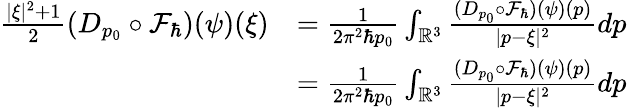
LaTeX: \begin{array}{rl}{\frac{|\xi|^{2}+1}{2}(D_{p_{0}}\circ\mathcal{F}_{\hbar})(\psi)(\xi)}&{=\frac{1}{2\pi^{2}\hbar p_{0}}\int_{\mathbb{R}^{3}}\frac{(D_{p_{0}}\circ\mathcal{F}_{\hbar})(\psi)(p)}{|p-\xi|^{2}}dp}\\ &{=\frac{1}{2\pi^{2}\hbar p_{0}}\int_{\mathbb{R}^{3}}\frac{(D_{p_{0}}\circ\mathcal{F}_{\hbar})(\psi)(p)}{|p-\xi|^{2}}dp}\end{array}